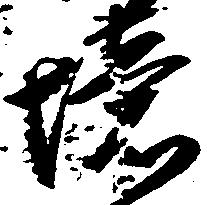
境